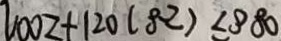
1 0 0 2 + 1 2 0 ( 8 2 ) \angle 8 8 0